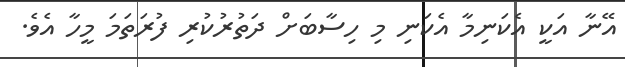
އޭނާ އަކީ އެކަނިމާ އެކަނި މި ހިސާބަށް ދަތުރުކުރި ފުރަތަމަ މީހާ އެވެ.